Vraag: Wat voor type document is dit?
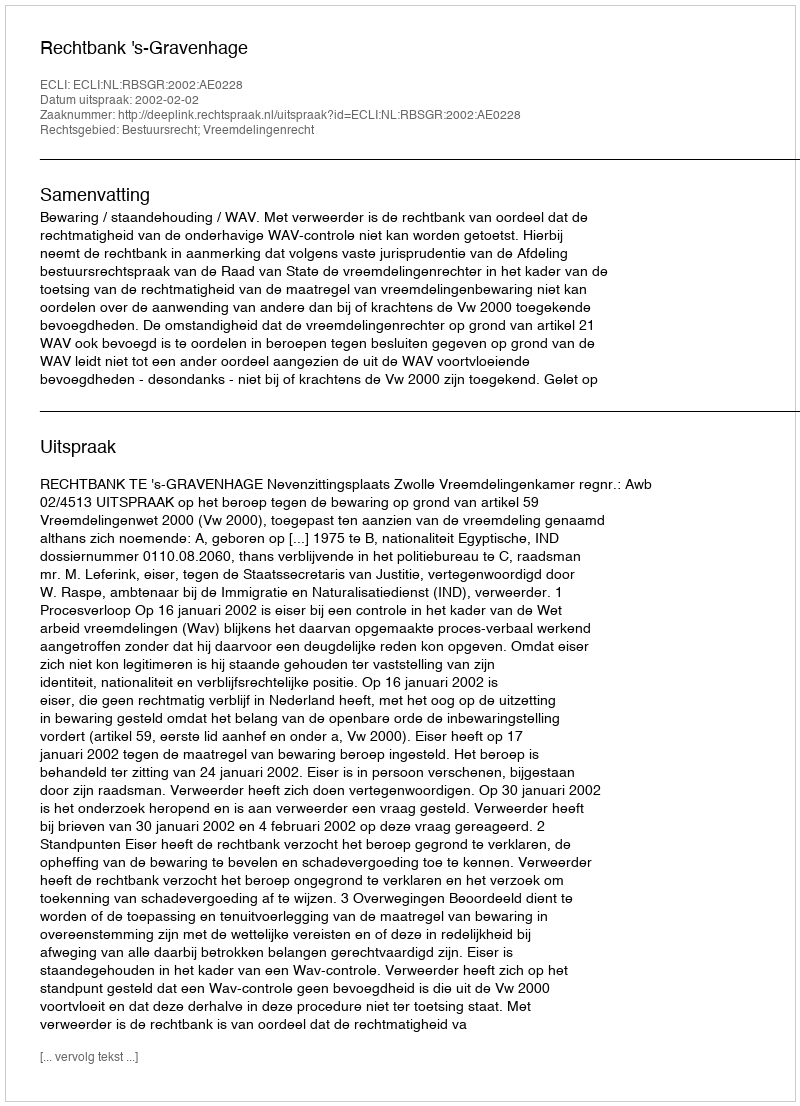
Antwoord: Uitspraak